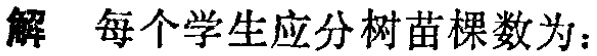
解 每个学生应分树苗棵数为：